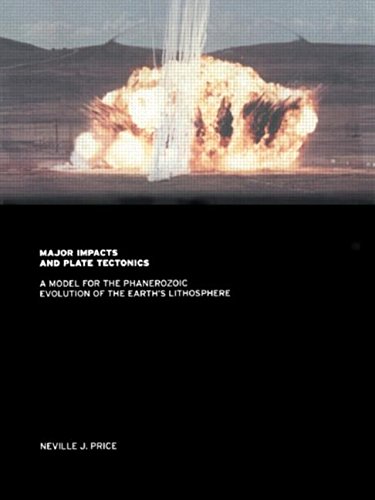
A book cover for Major Impacts and Plate Tectonics: A Model for the Phanerzoic Evolution of the Earth's Lithosphere; Neville Price; Science & Math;